画像に写った文字を読んでください
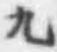
「九」と書いてあります